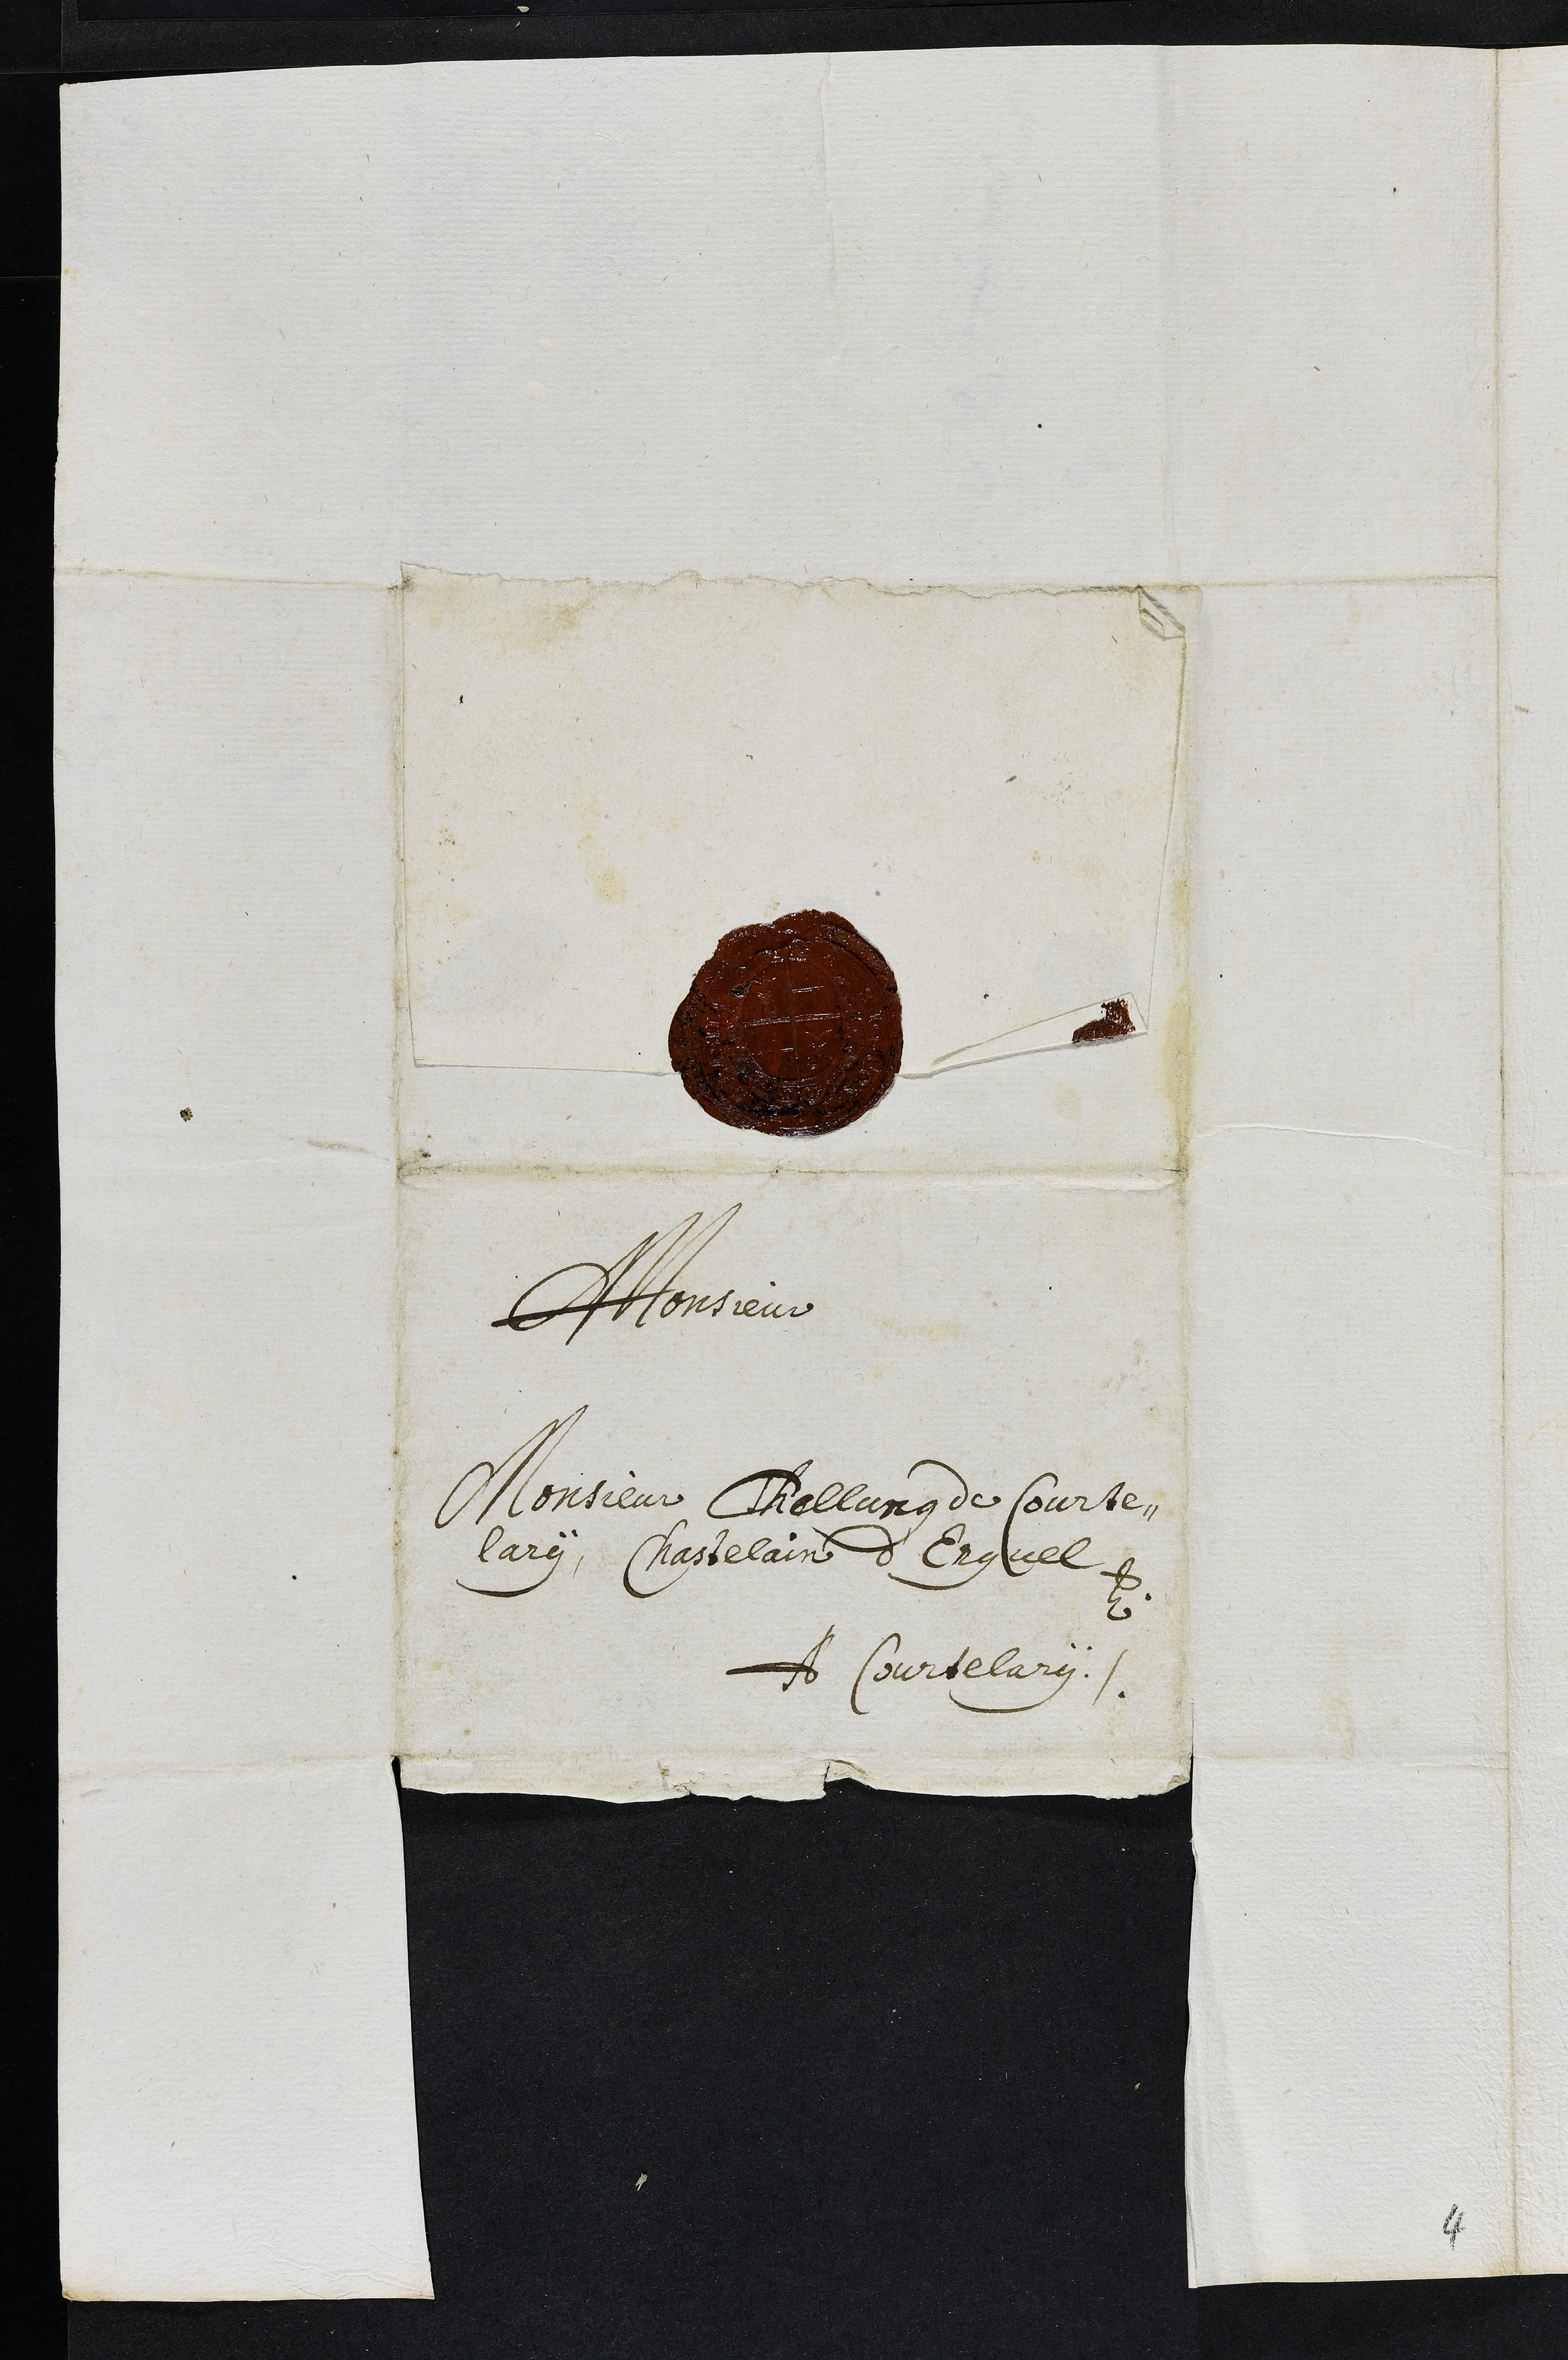
A Monsieur
Monsieur Thellung de Courte¬
lary, Chastelain d'Erguel
A Courtelary
4